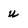
Character: u